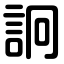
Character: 詗